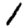
Digit: 1